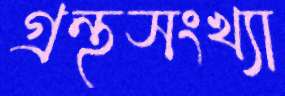
গ্রন্থসংখ্যা